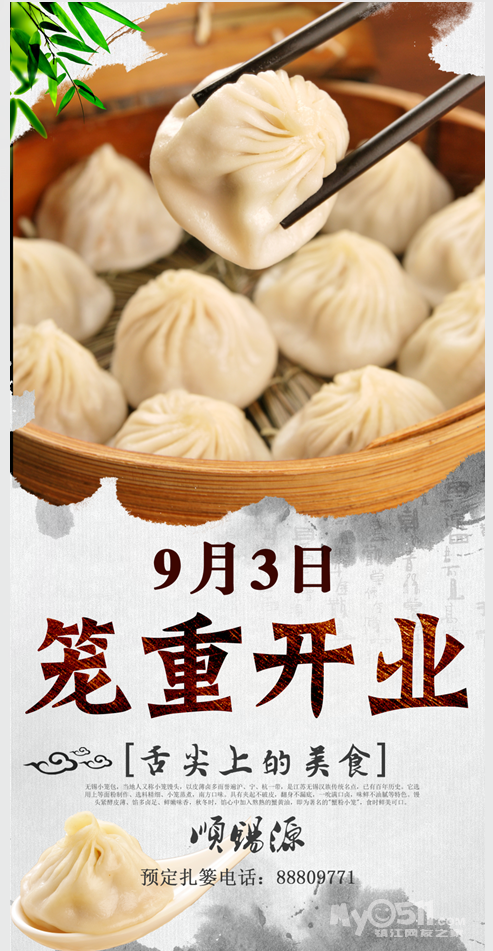
不诱于誉，不恐于诽